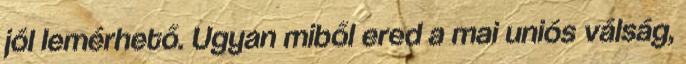
jól lemérhető. Ugyan miből ered a mai uniós válság,